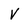
Character: V